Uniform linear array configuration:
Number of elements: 8
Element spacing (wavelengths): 0.25
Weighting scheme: binomial
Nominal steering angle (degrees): -45
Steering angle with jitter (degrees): -44.067
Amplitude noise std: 0.05
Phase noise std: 0.05

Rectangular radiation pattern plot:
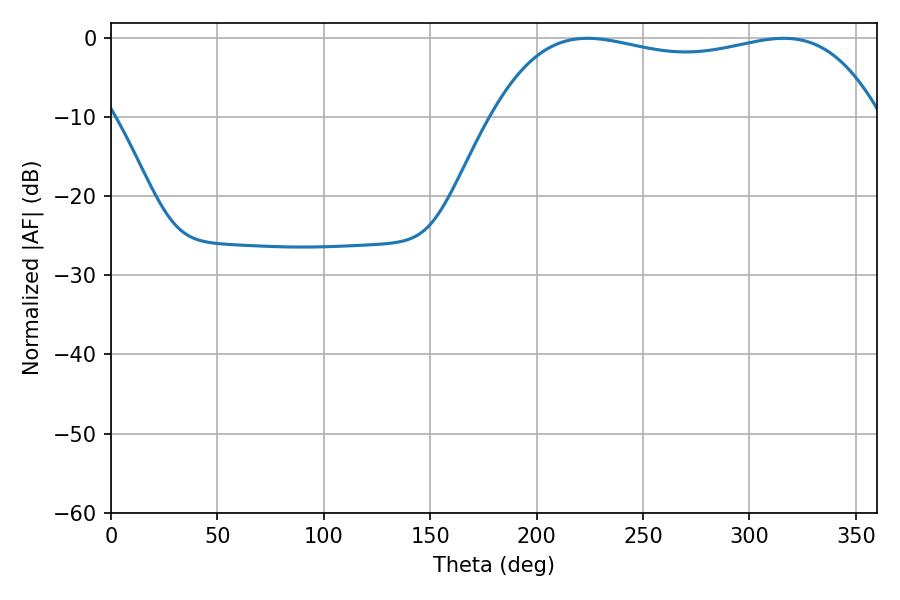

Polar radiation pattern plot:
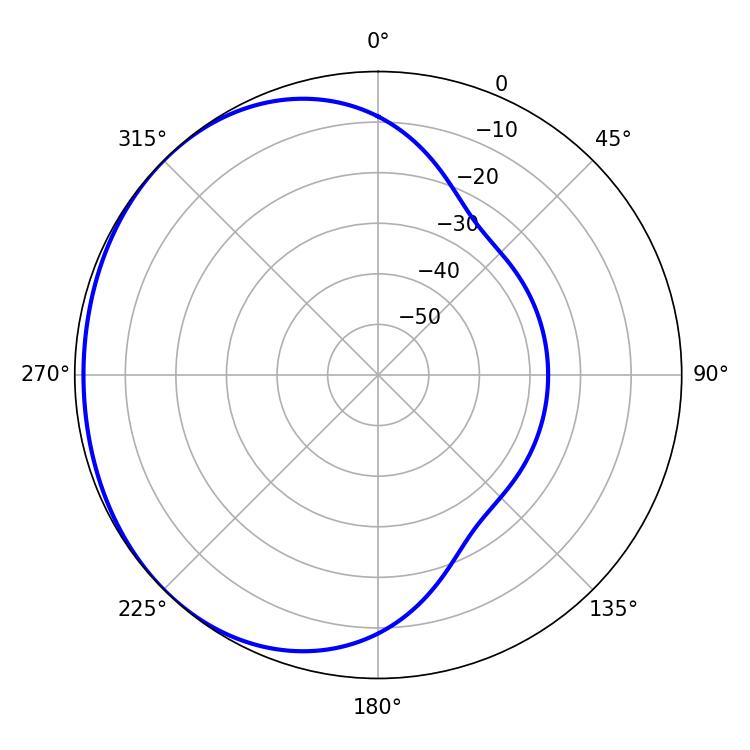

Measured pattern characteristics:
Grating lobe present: FALSE
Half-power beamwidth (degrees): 146.52
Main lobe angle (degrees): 223.92